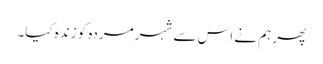
پھر ہم نے اس سے شہر مردہ کو زندہ کیا۔